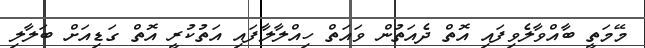
މޭމަތީ ބާއްވާލެވިފައި އޮތް ދެއަތުން ވައަތް ހިއްލާލާފައި އަތުކުރީ އޮތް ގަޑިއަށް ބަލާލި